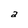
Character: a